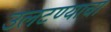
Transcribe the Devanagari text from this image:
उलटण्याचा